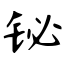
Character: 铋